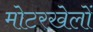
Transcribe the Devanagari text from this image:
मोटरखेलों